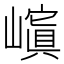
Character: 𡽆